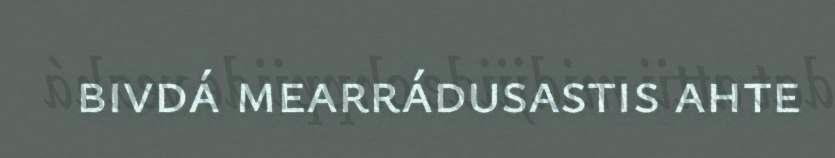
bivdá mearrádusastis ahte